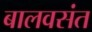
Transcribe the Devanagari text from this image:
बालवसंत